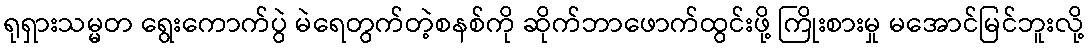
ရုရှားသမ္မတ ရွေးကောက်ပွဲ မဲရေတွက်တဲ့စနစ်ကို ဆိုက်ဘာဖောက်ထွင်းဖို့ ကြိုးစားမှု မအောင်မြင်ဘူးလို့